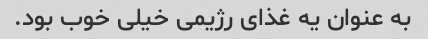
به عنوان یه غذای رژیمی خیلی خوب بود.